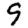
Digit: 9